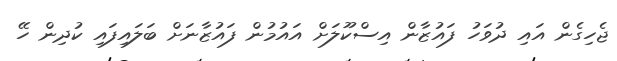
ޖެހިގެން އައި ދުވަހު ފައުޒާން އިސްކޫލަށް އައުމުން ފައުޒާނަށް ބަލައިފައި ކުދިން ހޭ